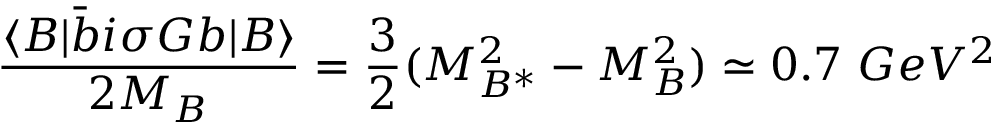
\frac { \langle B | \bar { b } i \sigma G b | B \rangle } { 2 M _ { B } } = \frac { 3 } { 2 } ( M _ { B ^ { * } } ^ { 2 } - M _ { B } ^ { 2 } ) \simeq 0 . 7 \ G e V ^ { 2 }